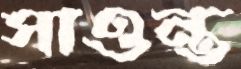
সাওন্ত